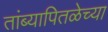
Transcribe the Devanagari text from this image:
तांब्यापितळेच्या